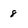
Character: 8